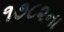
૧૭૮૨ના